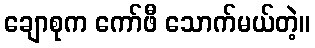
ချောစုက ကော်ဖီ သောက်မယ်တဲ့။